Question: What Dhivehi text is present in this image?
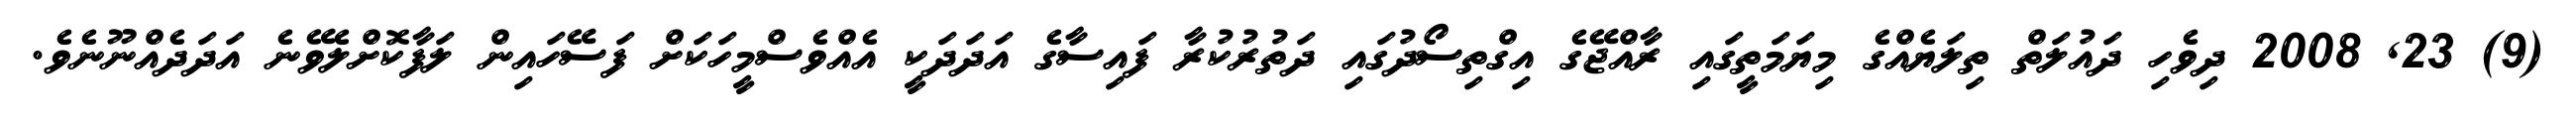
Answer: (9) 23, 2008 ދިވެހި ދައުލަތް ތިލަޔެއްގެ މިޔަމަތީގައި ރާއްޖޭގެ އިގްތިސޯދުގައި ދަތުރުކުރާ ފައިސާގެ އަދަދަކީ އެއްވެސްމީހަކަށް ފަސޭހައިން ލަފާކޮށްލެވޭނެ އަދަދެއްނޫނެވެ.